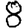
Digit: 8